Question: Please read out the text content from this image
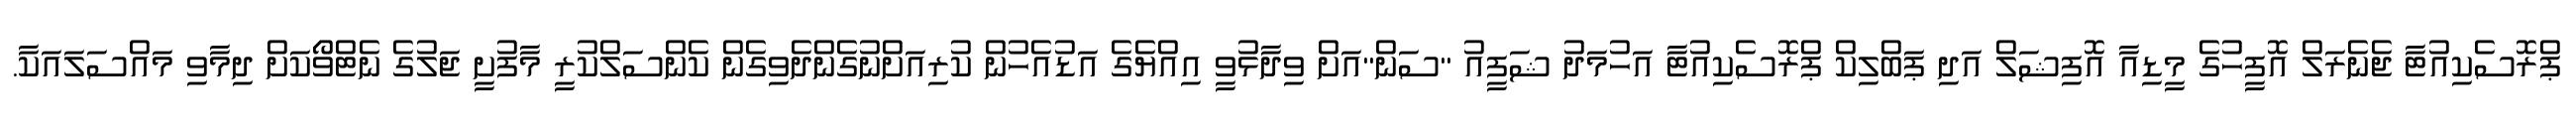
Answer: ޕްރޮސެކިއުޓާ ޖެނެރަލް އޮފީހުގެ މީޑިއާ އޮފިޝަލް އަދި ޕަބްލިކް ޕްރޮސެކިއުޓާ އަހުމަދު ޝަފީއު "ސަން"އަށް ވިދާޅުވީ އިއްޔެގެ އަޑުއެހުން ކުރިއަށްނުގެންދެވިގެން ކެންސަލްކުރީ މާފުށީ ޖަލުގެ ނެޓްވޯކަށް ދިމާވި މައްސަލައަކާ.